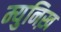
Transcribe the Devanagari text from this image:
म्युनिख़